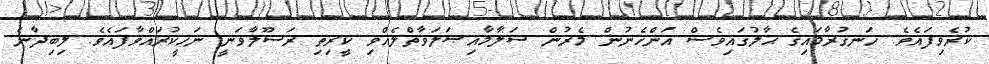
ކުރެވިފައެވެ. ހަނގުރާމައިގެ ޙާލުގައިވެސް އަންހެނުން މެރުން ސަލާމާއިޞަލަވާތްލެއްވި ކީރިތި ރަސޫލާވަނީ ނަހީކުރައްވާފައެވެ. ލިބިދާނެ